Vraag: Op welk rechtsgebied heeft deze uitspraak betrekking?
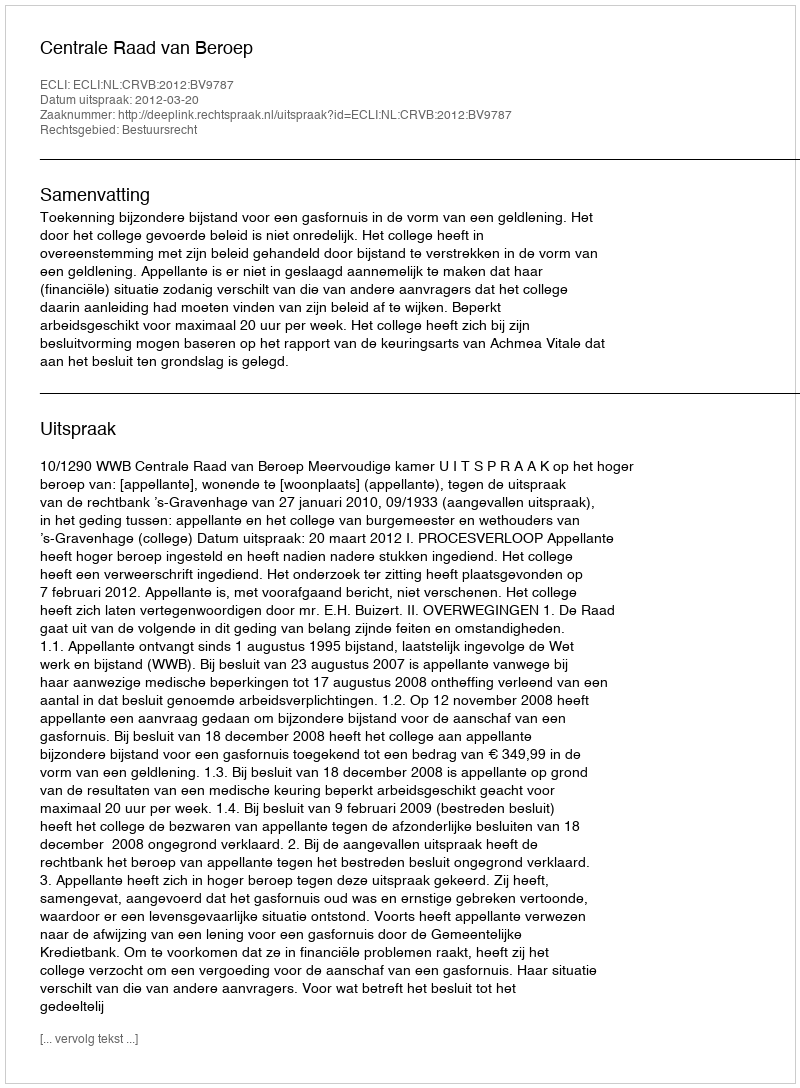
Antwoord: Bestuursrecht